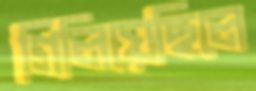
গিলিয়েছিলে